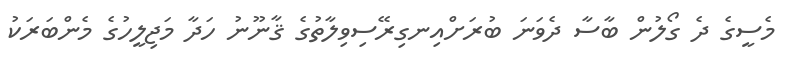
މެސީގެ ދެ ގޯލުން ބާސާ ދެވަނަ ބުރަށްއިނގިރޭސިވިލާތުގެ ޤާނޫނު ހަދާ މަޖިލީހުގެ މެންބަރަކު